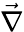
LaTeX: \vec{\mathbf{\nabla}}